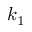
k _ { 1 }